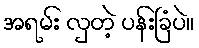
အရမ်း လှတဲ့ ပန်းခြံပဲ။